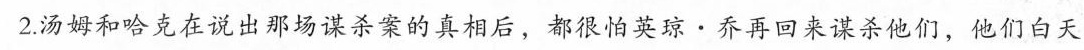
2.汤姆和哈克在说出那场谋杀案的真相后，都很怕英琼·乔再回来谋杀他们，他们白天